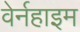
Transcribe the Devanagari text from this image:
वेर्नहाइम